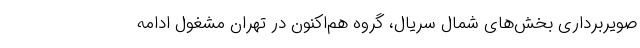
صویربرداری بخش‌های شمال سریال، گروه هم‌اکنون در تهران مشغول ادامه